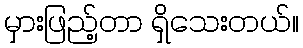
မှားဖြည့်တာ ရှိသေးတယ်။